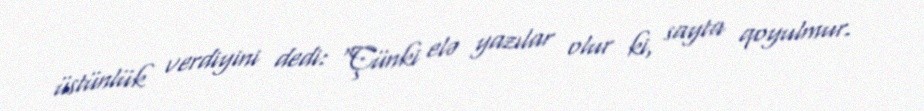
üstünlük verdiyini dedi: “Çünki elə yazılar olur ki, sayta qoyulmur.